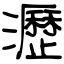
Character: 瀝